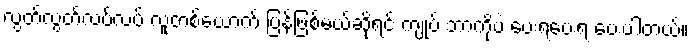
လွတ်လွတ်လပ်လပ် လူတစ်ယောက် ပြန်ဖြစ်မယ်ဆိုရင် ကျုပ် ဘာကိုပဲ ပေးရပေးရ ပေးပါတယ်။